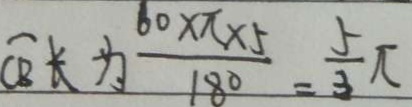
\widehat { A B } + \frac { 6 0 \times \pi \times 5 } { 1 8 0 } = \frac { 5 } { 3 } \pi